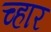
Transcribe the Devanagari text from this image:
च्हार